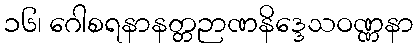
၁၆၊ ဂေါစရနာနတ္တဉာဏနိဒ္ဒေသဝဏ္ဏနာ